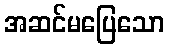
အဆင်မပြေသော